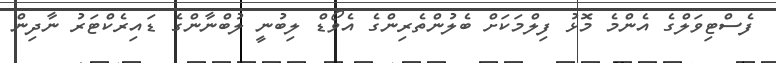
ފެސްޓިވަލްގެ އެންމެ މޮޅު ފިލްމަކަށް ބެލުންތެރިންގެ އެވޯޑް ލިބުނީ ލުބްނާންގެ ޑައިރެކްޓަރު ނާދިން